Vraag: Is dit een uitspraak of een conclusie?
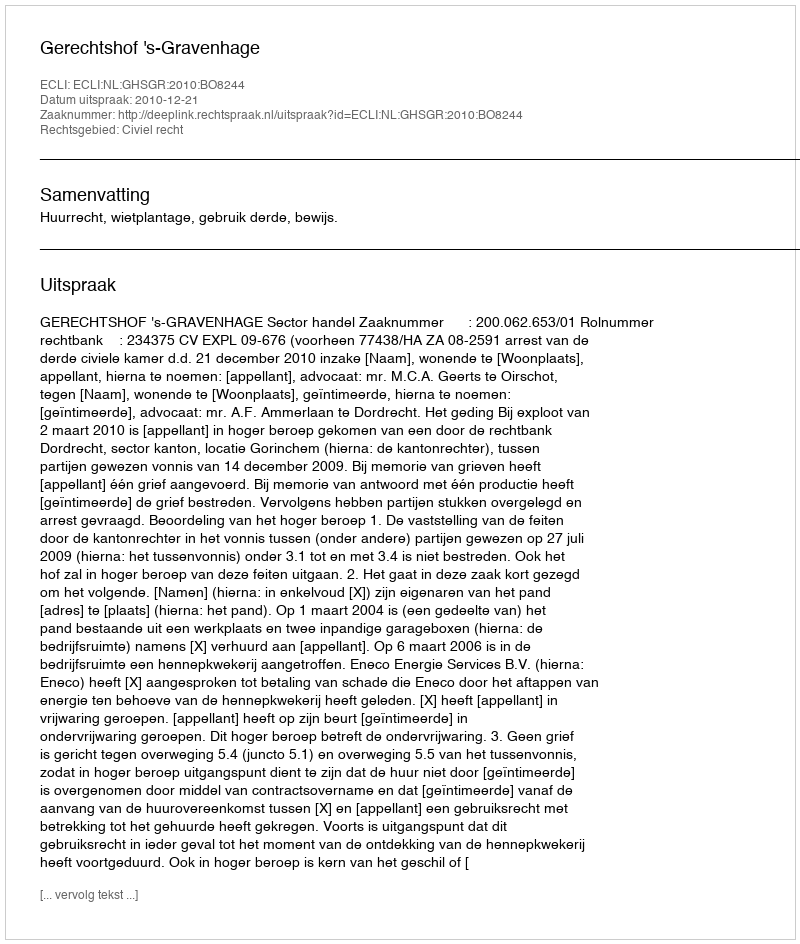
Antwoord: Uitspraak